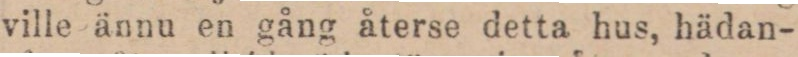
ville ännu en gång återse detta hus, hädan-